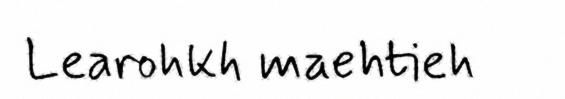
Learohkh maehtieh